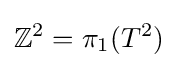
\mathbb {Z} ^{2}=\pi _{1}(T^{2})